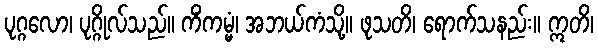
ပုဂ္ဂလော၊ ပုဂ္ဂိုလ်သည်။ ကိံကမ္မံ၊ အဘယ်ကံသို့။ ဖုသတိ၊ ရောက်သနည်း။ ဣတိ၊